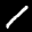
Label: 1